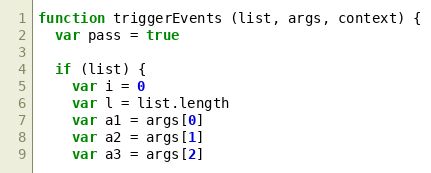
Language: JavaScript
function triggerEvents (list, args, context) {
  var pass = true

  if (list) {
    var i = 0
    var l = list.length
    var a1 = args[0]
    var a2 = args[1]
    var a3 = args[2]